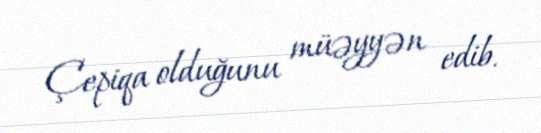
Çepiqa olduğunu müəyyən edib.